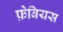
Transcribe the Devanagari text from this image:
फ़ेबियस